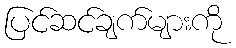
ပြင်ဆင်ချက်များကို